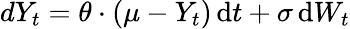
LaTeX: dY_{t}=\theta\cdot(\mu-Y_{t})\, {\mathrm{d}}t+\sigma\, {\mathrm{d}}W_{t}